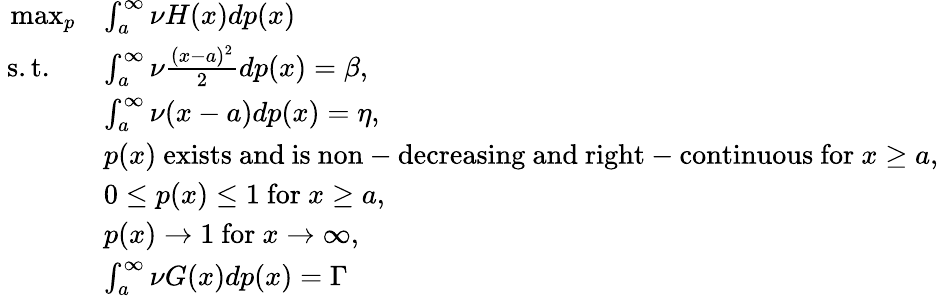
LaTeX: \begin{array}{rl}{\operatorname*{max}_{p}}&{\int_{a}^{\infty}\nu H(x)dp(x)}\\ {\mathrm{~s.t.~}\ \ }&{\int_{a}^{\infty}\nu\frac{(x-a)^{2}}{2}dp(x)=\beta,}\\ &{\int_{a}^{\infty}\nu(x-a)dp(x)=\eta,}\\ &{p(x)\ \mathrm{exists~and~is~non-decreasing~and~right-continuous~for~}x\geq a,}\\ &{0\leq p(x)\leq 1\ \mathrm{for~}x\geq a,}\\ &{p(x)\rightarrow 1\ \mathrm{for~}x\rightarrow\infty,}\\ &{\int_{a}^{\infty}\nu G(x)dp(x)=\Gamma}\end{array}